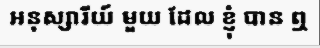
អនុស្សារីយ៍ មួយ ដែល ខ្ញុំ បាន ឮ